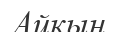
Айкын